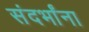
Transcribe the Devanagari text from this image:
संदर्भांना